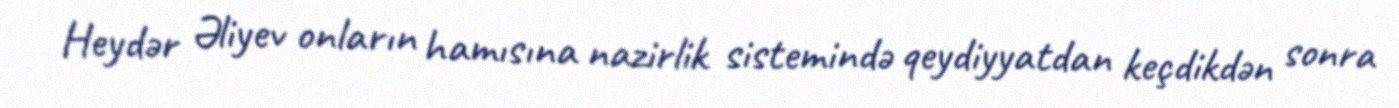
Heydər Əliyev onların hamısına nazirlik sistemində qeydiyyatdan keçdikdən sonra